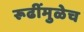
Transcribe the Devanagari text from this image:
रूढींमुळेच